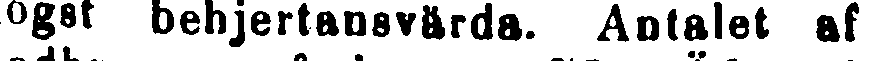
ögst behjertansvärda. Antalet af